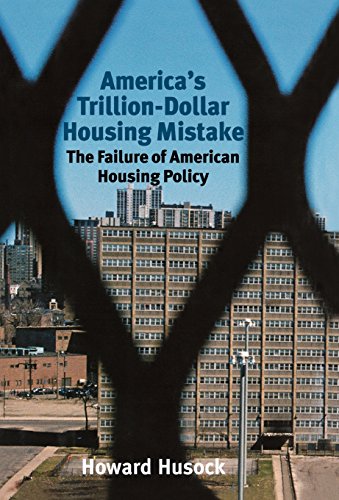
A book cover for America's Trillion-Dollar Housing Mistake: The Failure of American Housing Policy; Howard Husock; Business & Money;